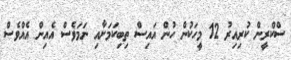
ސްކްރީން ކުރިއިރު 12 މީހަކުން ހުން އައިސް ތިބިކަމަށާއި ނަމަވެސް އެއިން އެއްވެސް